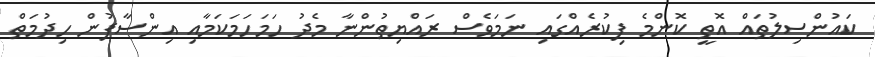
ކައުންސިލުތައް އޮތީ ކޮންމެ ފިކުރެއްގައި ނަމަވެސް ރައްޔިތުންނާ މެދު ހަމަހަމަކަމާއި އިންސާފުން ހިދުމަތް